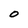
Character: 0